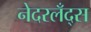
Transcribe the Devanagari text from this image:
नेदरलँद्स